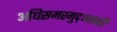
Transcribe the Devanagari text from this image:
अधिसमरमुद्ध्वस्तरि